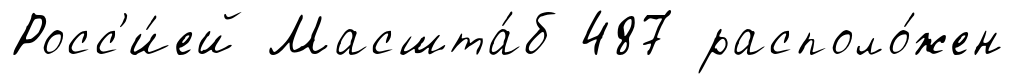
Росс'и́ей Масшта́б 487 располо́жен